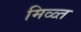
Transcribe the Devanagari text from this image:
मिळ्त